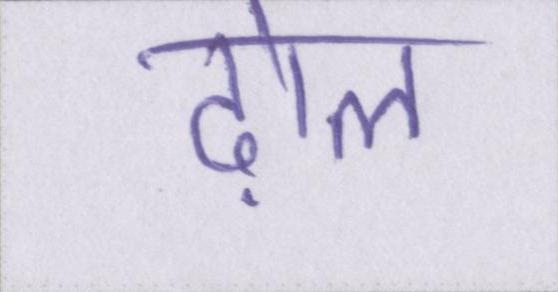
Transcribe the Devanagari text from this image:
ढ़ोल